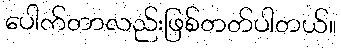
ပေါက်တာလည်းဖြစ်တတ်ပါတယ်။